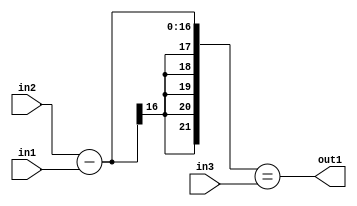
`timescale 1ps / 1ps
/*****************************************************************************
    Verilog RTL Description
    
    
    Created by: Stratus DpOpt 2019.1.01 
*******************************************************************************/

module pw_feature_addr_gen_EqSubu8u16u16_4 (
	in3,
	in2,
	in1,
	out1
	); /* architecture "behavioural" */ 
input [15:0] in3,
	in2;
input [7:0] in1;
output  out1;
wire  asc001;
wire [16:0] asc003;

assign asc003 = 
	+(in2)
	-(in1);

assign asc001 = ({{5{asc003[16]}}, asc003}==in3);

assign out1 = asc001;
endmodule

/* CADENCE  uLD4Qws= : u9/ySgnWtBlWxVPRXgAZ4Og= ** DO NOT EDIT THIS LINE ******/